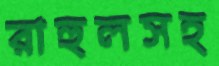
রাহুলসহ